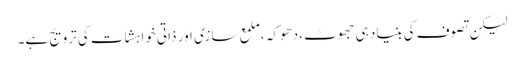
لیکن تصوف کی بنیاد ہی جھوٹ ،دھوکہ ،ملمع سازی اور ذاتی خواہشات کی ترویج ہے۔